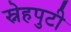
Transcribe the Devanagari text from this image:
स्नेहपुटी